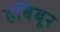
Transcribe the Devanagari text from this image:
हबिबूर